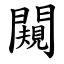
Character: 闚